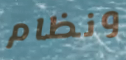
ونظام